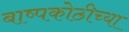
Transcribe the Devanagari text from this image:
बाष्पकोठीच्या